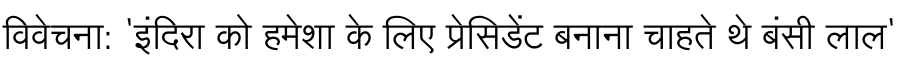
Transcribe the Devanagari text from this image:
विवेचना: 'इंदिरा को हमेशा के लिए प्रेसिडेंट बनाना चाहते थे बंसी लाल'